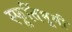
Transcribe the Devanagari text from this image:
स्फूर्तिभूमी